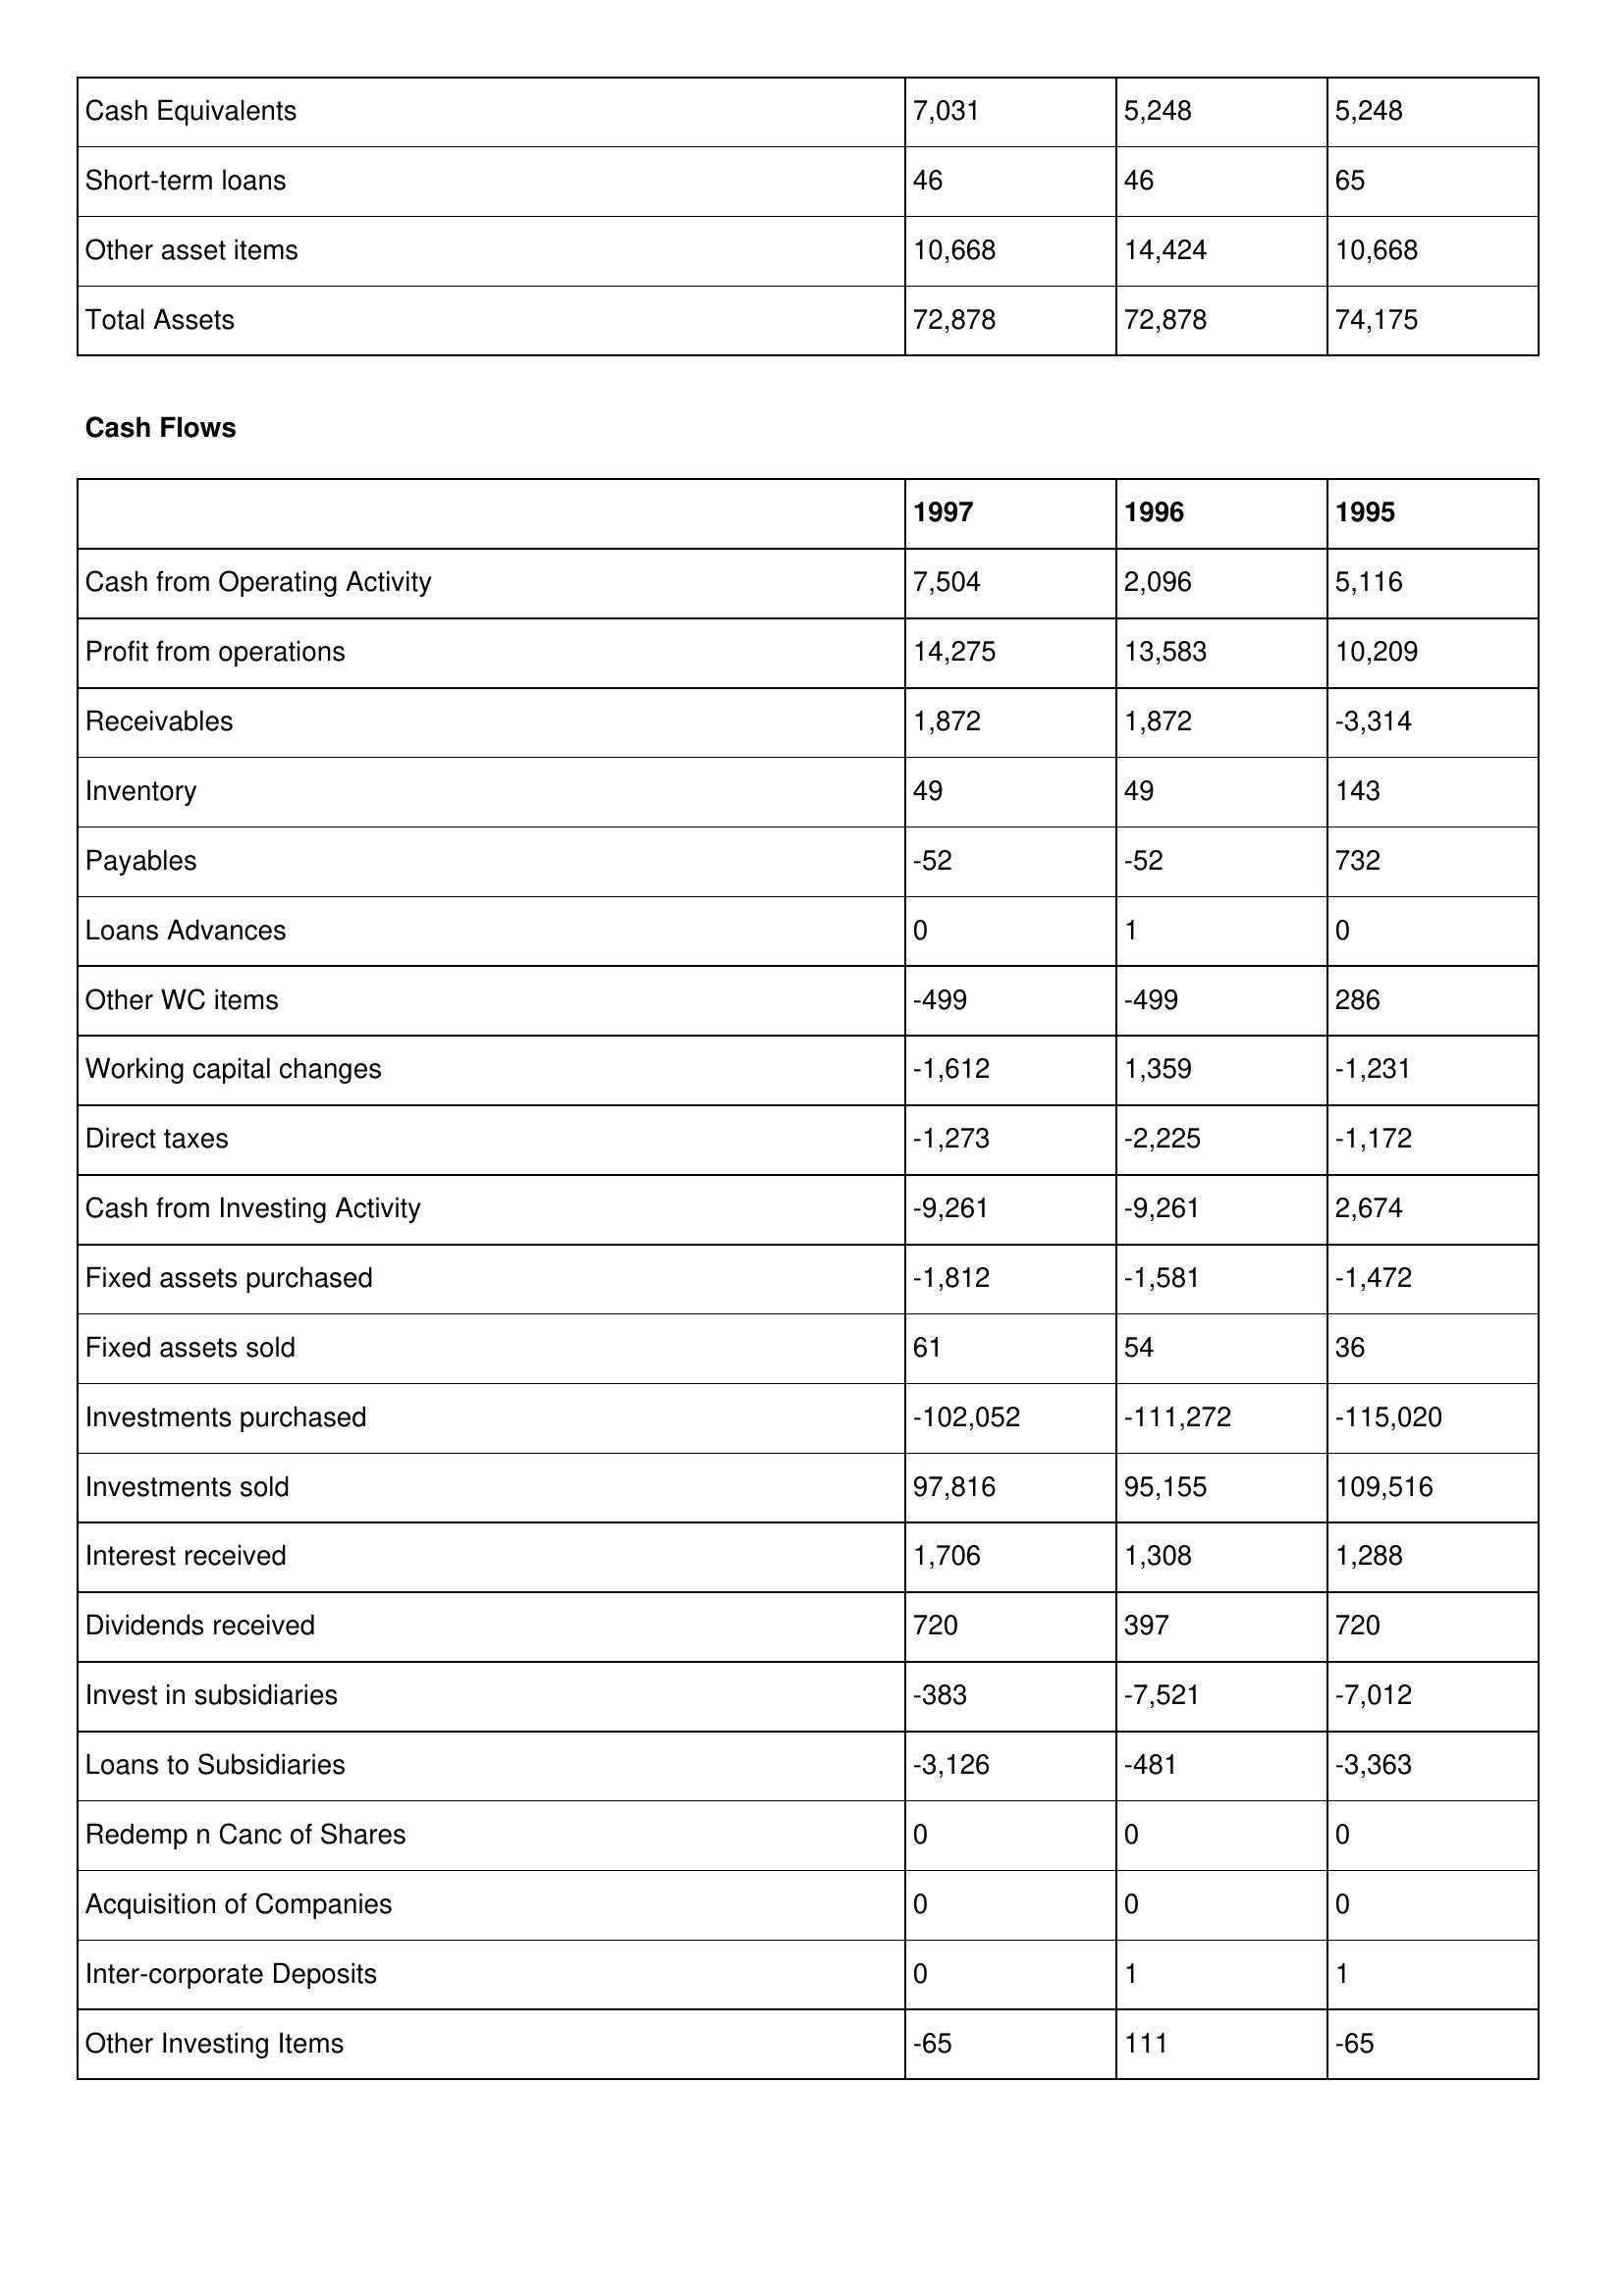
gt_parse: 1997: Balance Sheet: Cash Equivalents: 7,031
Short-term loans: 46
Other asset items: 10,668
Total Assets: 72,878
Cash Flows: Cash from Operating Activity: 7,504
Profit from operations: 14,275
Receivables: 1,872
Inventory: 49
Payables: -52
Loans Advances: 0
Other WC items: -499
Working capital changes: -1,612
Direct taxes: -1,273
Cash from Investing Activity: -9,261
Fixed assets purchased: -1,812
Fixed assets sold: 61
Investments purchased: -102,052
Investments sold: 97,816
Interest received: 1,706
Dividends received: 720
Invest in subsidiaries: -383
Loans to Subsidiaries: -3,126
Redemp n Canc of Shares: 0
Acquisition of Companies: 0
Inter-corporate Deposits: 0
Other Investing Items: -65
1996: Balance Sheet: Cash Equivalents: 5,248
Short-term loans: 46
Other asset items: 14,424
Total Assets: 72,878
Cash Flows: Cash from Operating Activity: 2,096
Profit from operations: 13,583
Receivables: 1,872
Inventory: 49
Payables: -52
Loans Advances: 1
Other WC items: -499
Working capital changes: 1,359
Direct taxes: -2,225
Cash from Investing Activity: -9,261
Fixed assets purchased: -1,581
Fixed assets sold: 54
Investments purchased: -111,272
Investments sold: 95,155
Interest received: 1,308
Dividends received: 397
Invest in subsidiaries: -7,521
Loans to Subsidiaries: -481
Redemp n Canc of Shares: 0
Acquisition of Companies: 0
Inter-corporate Deposits: 1
Other Investing Items: 111
1995: Balance Sheet: Cash Equivalents: 5,248
Short-term loans: 65
Other asset items: 10,668
Total Assets: 74,175
Cash Flows: Cash from Operating Activity: 5,116
Profit from operations: 10,209
Receivables: -3,314
Inventory: 143
Payables: 732
Loans Advances: 0
Other WC items: 286
Working capital changes: -1,231
Direct taxes: -1,172
Cash from Investing Activity: 2,674
Fixed assets purchased: -1,472
Fixed assets sold: 36
Investments purchased: -115,020
Investments sold: 109,516
Interest received: 1,288
Dividends received: 720
Invest in subsidiaries: -7,012
Loans to Subsidiaries: -3,363
Redemp n Canc of Shares: 0
Acquisition of Companies: 0
Inter-corporate Deposits: 1
Other Investing Items: -65